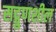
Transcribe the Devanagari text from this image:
सद्गुणशील